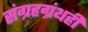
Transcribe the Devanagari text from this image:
संग्रहग्रंथही